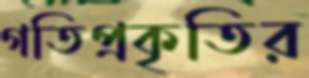
গতিপ্রকৃতির